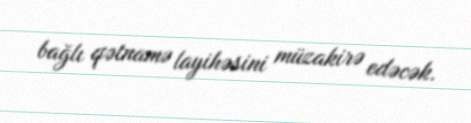
bağlı qətnamə layihəsini müzakirə edəcək.